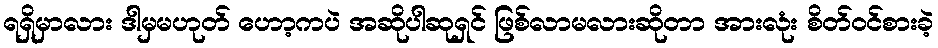
ရရှိမှာလား ဒါမှမဟုတ် ဟော့ကပဲ အဆိုပါဆုရှင် ဖြစ်လာမလားဆိုတာ အားလုံး စိတ်ဝင်စားခဲ့